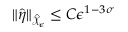
\| \hat { \eta } \| _ { \hat { \mathcal { X } } _ { \epsilon } } \le C \epsilon ^ { 1 - 3 \sigma }